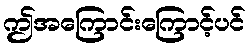
ဤအကြောင်းကြောင့်ပင်